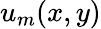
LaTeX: u_{m}(x,y)